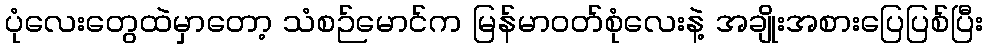
ပုံလေးတွေထဲမှာတော့ သံစဉ်မောင်က မြန်မာဝတ်စုံလေးနဲ့ အချိုးအစားပြေပြစ်ပြီး